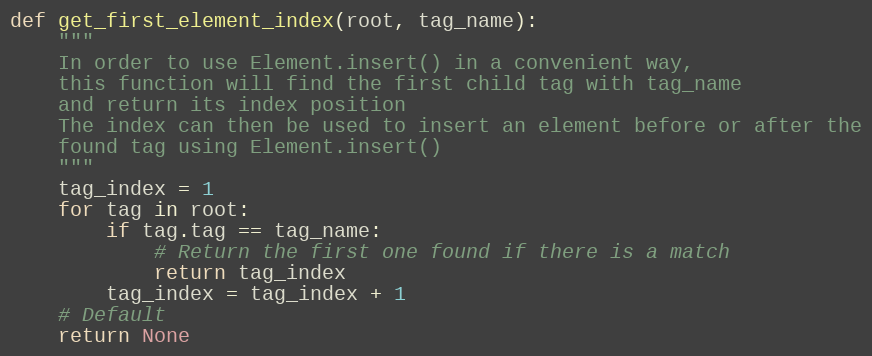
Language: Python
def get_first_element_index(root, tag_name):
    """
    In order to use Element.insert() in a convenient way,
    this function will find the first child tag with tag_name
    and return its index position
    The index can then be used to insert an element before or after the
    found tag using Element.insert()
    """
    tag_index = 1
    for tag in root:
        if tag.tag == tag_name:
            # Return the first one found if there is a match
            return tag_index
        tag_index = tag_index + 1
    # Default
    return None